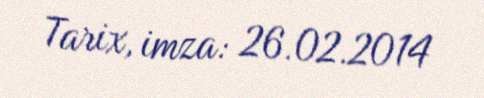
Tarix, imza: 26.02.2014